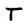
Character: T